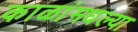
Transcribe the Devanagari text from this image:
काळांमधल्या